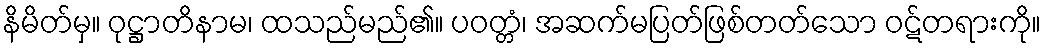
နိမိတ်မှ။ ဝုဋ္ဌာတိနာမ၊ ထသည်မည်၏။ ပဝတ္တံ၊ အဆက်မပြတ်ဖြစ်တတ်သော ဝဋ်တရားကို။